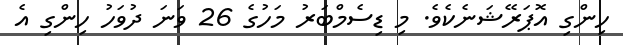
ހިންގި އޮޕަރޭޝަނެކެވެ. މި ޑިސެމްބަރު މަހުގެ 26 ވަނަ ދުވަހު ހިންގި އެ